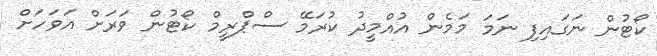
ކޯޓުން ނަގައިފި ނަމަ މަމެން އުއްމީދު ކުރަމޭ ސްޕްރީމް ކޯޓުން ވަރަށް އަވަހަށް